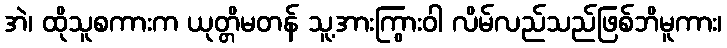
အဲ၊ ထိုသူစကားက ယုတ္တိမတန် သူ့အားကြွားဝါ လိမ်လည်သည်ဖြစ်ဘိမူကား၊